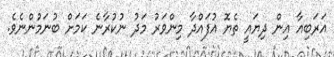
އަރަބިއާ އިން ދިޔައީ ތެޔޮ އުފައްދާ މިންވަރު މަދު ނުކުރާނެ ކަމަށް ބުނަމުންނެވެ.